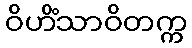
ဝိဟိံသာဝိတက္က